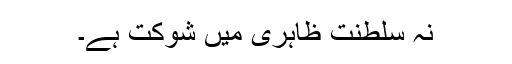
نہ سلطنت ظاہری میں شوکت ہے۔